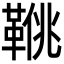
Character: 𩋍